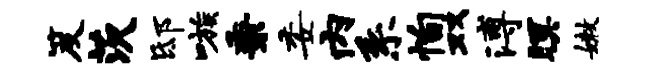
笈茨邸嗾秉委内系恂双溥暝嫩